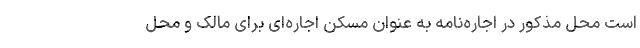
است محل مذکور در اجاره‌نامه به عنوان مسکن اجاره‌ای برای مالک و محل